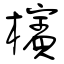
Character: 檳